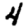
Digit: 4